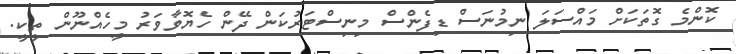
ކޮންމެ ގޮތަކަށް މައްސަލަ ނިމުނަސް ޑިފެންސް މިނިސްޓަރުކަން ދޭން ހެޔޮވާވަރު މީހެއްނޫން ތީކީ.